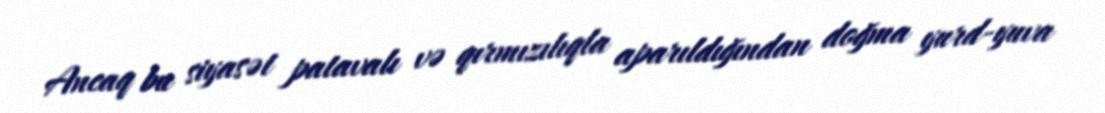
Ancaq bu siyasət patavalı və qırmızılıqla aparıldığından doğma yurd-yuva